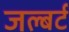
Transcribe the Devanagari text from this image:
जल्बर्ट